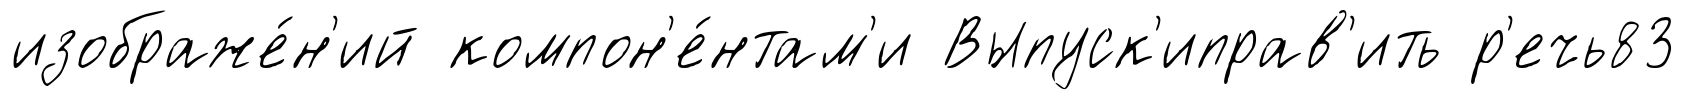
изображе́н'ий компон'е́нтам'и Выпуск'иправ'ить р'ечь83